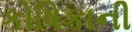
કોષિકાની